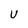
Character: U